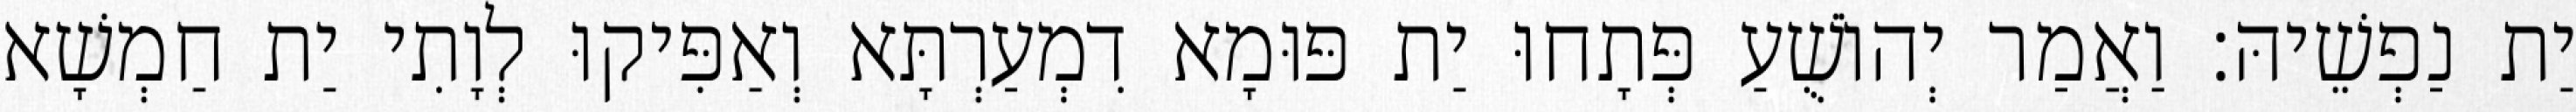
יַת נַפְשֵׁיהּ׃ וַאֲמַר יְהוֹשֻׁעַ פְּתָחוּ יַת פּוּמָא דִמְעַרְתָּא וְאַפִּיקוּ לְוָתִי יַת חַמְשָׁא